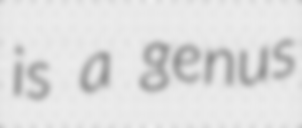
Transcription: is a genus